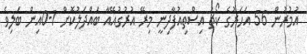
އުމުރުން 56 އަހަރުގެ ކޯޗު އިސްތިއުފާދިނީ މިރޭ އުރުގުއޭއާ ބައްދަލުކޮށް 1-0އިން ބަލިވެ